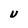
Character: U